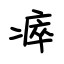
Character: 瘁